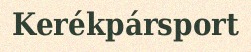
Kerékpársport